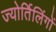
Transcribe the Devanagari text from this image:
ज्‍योर्तिलिंगों